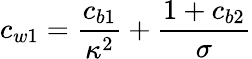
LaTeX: c_{w1}=\frac{c_{b1}}{\kappa^{2}}+\frac{1+c_{b2}}{\sigma}